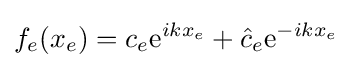
f_{e}(x_{e})=c_{e}{\textrm {e}}^{ikx_{e}}+{\hat {c}}_{e}{\textrm {e}}^{-ikx_{e}}